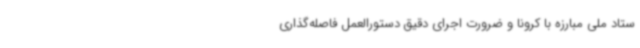
ستاد ملی مبارزه با کرونا و ضرورت اجرای دقیق دستورالعمل فاصله‌گذاری